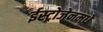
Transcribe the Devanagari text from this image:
ईस्ट्रोजेनमधे